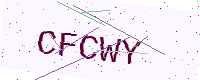
Text: CFCWY